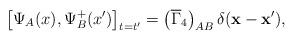
LaTeX: \begin{align*}\left[ \Psi _A(x),\Psi^+ _B(x^{\prime })\right] _{t=t^{\prime}}=\left( \overline{\Gamma} _4\right) _{AB}\delta(\mathbf{x}-\mathbf{x}^{\prime }) ,\end{align*}